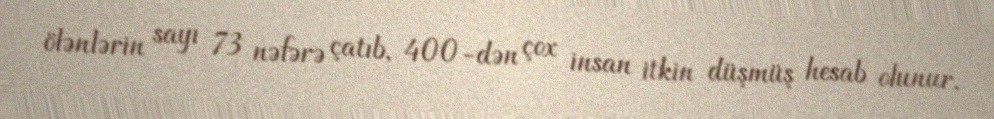
ölənlərin sayı 73 nəfərə çatıb, 400-dən çox insan itkin düşmüş hesab olunur.